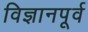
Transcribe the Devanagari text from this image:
विज्ञानपूर्व